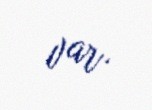
var.